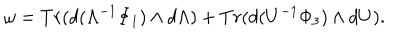
\omega = T r ( d ( \Lambda ^ { - 1 } \Phi _ { 1 } ) \wedge d \Lambda ) + T r ( d ( U ^ { - 1 } \Phi _ { 3 } ) \wedge d U ) .